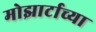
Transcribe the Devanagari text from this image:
मोझार्टाच्या